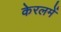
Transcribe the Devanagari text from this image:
केरलमें